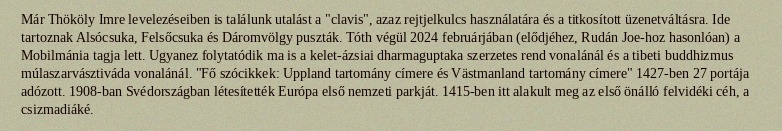
Már Thököly Imre levelezéseiben is találunk utalást a "clavis", azaz rejtjelkulcs használatára és a titkosított üzenetváltásra. Ide tartoznak Alsócsuka, Felsőcsuka és Dáromvölgy puszták. Tóth végül 2024 februárjában (elődjéhez, Rudán Joe-hoz hasonlóan) a Mobilmánia tagja lett. Ugyanez folytatódik ma is a kelet-ázsiai dharmaguptaka szerzetes rend vonalánál és a tibeti buddhizmus múlaszarvásztiváda vonalánál. "Fő szócikkek: Uppland tartomány címere és Västmanland tartomány címere" 1427-ben 27 portája adózott. 1908-ban Svédországban létesítették Európa első nemzeti parkját. 1415-ben itt alakult meg az első önálló felvidéki céh, a csizmadiáké.